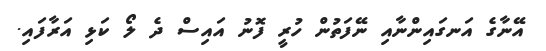
އޭނާގެ އަނގައިންނާއި ނޭފަތުން ހުރީ ފޮނު އައިސް ދެ ލޯ ކަޅި އަރާފައި.